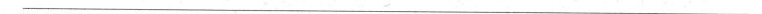
___